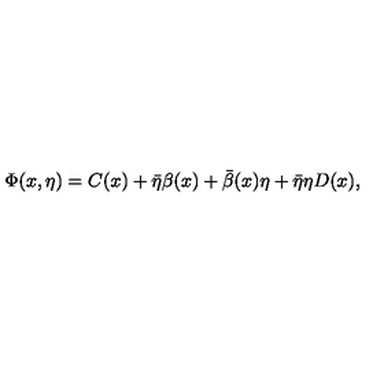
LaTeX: \Phi ( x , \eta ) = C ( x ) + \bar { \eta } \beta ( x ) + \bar { \beta } ( x ) \eta + \bar { \eta } \eta D ( x ) ,